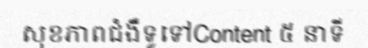
សុខភាពជំងឺទូទៅContent ៥ នាទី